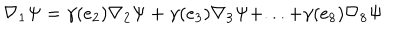
LaTeX: \nabla _ { 1 } \Psi = \gamma ( e _ { 2 } ) \nabla _ { 2 } \Psi + \gamma ( e _ { 3 } ) \nabla _ { 3 } \Psi + . . . + \gamma ( e _ { 8 } ) \nabla _ { 8 } \Psi